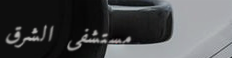
مستشفى الشرق